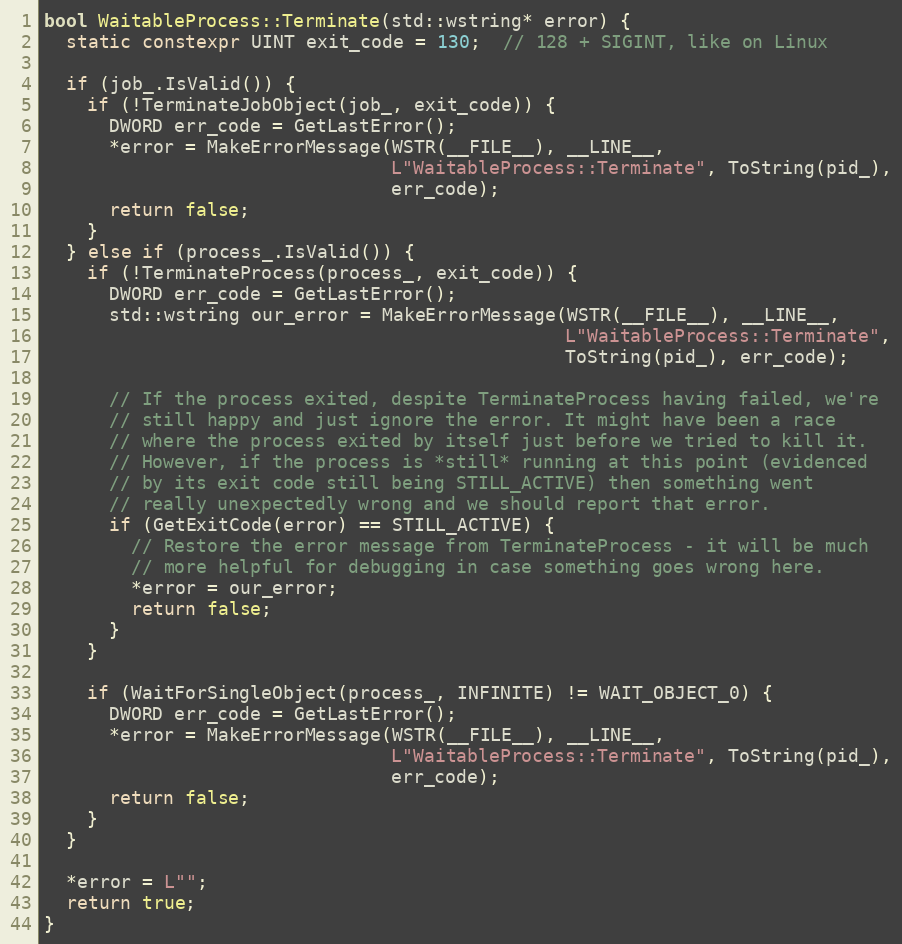
Language: C++
bool WaitableProcess::Terminate(std::wstring* error) {
  static constexpr UINT exit_code = 130;  // 128 + SIGINT, like on Linux

  if (job_.IsValid()) {
    if (!TerminateJobObject(job_, exit_code)) {
      DWORD err_code = GetLastError();
      *error = MakeErrorMessage(WSTR(__FILE__), __LINE__,
                                L"WaitableProcess::Terminate", ToString(pid_),
                                err_code);
      return false;
    }
  } else if (process_.IsValid()) {
    if (!TerminateProcess(process_, exit_code)) {
      DWORD err_code = GetLastError();
      std::wstring our_error = MakeErrorMessage(WSTR(__FILE__), __LINE__,
                                                L"WaitableProcess::Terminate",
                                                ToString(pid_), err_code);

      // If the process exited, despite TerminateProcess having failed, we're
      // still happy and just ignore the error. It might have been a race
      // where the process exited by itself just before we tried to kill it.
      // However, if the process is *still* running at this point (evidenced
      // by its exit code still being STILL_ACTIVE) then something went
      // really unexpectedly wrong and we should report that error.
      if (GetExitCode(error) == STILL_ACTIVE) {
        // Restore the error message from TerminateProcess - it will be much
        // more helpful for debugging in case something goes wrong here.
        *error = our_error;
        return false;
      }
    }

    if (WaitForSingleObject(process_, INFINITE) != WAIT_OBJECT_0) {
      DWORD err_code = GetLastError();
      *error = MakeErrorMessage(WSTR(__FILE__), __LINE__,
                                L"WaitableProcess::Terminate", ToString(pid_),
                                err_code);
      return false;
    }
  }

  *error = L"";
  return true;
}